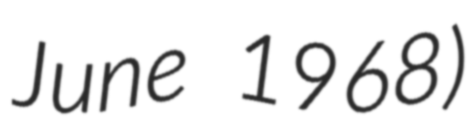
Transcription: June 1968)